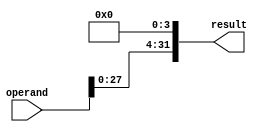
module shiftl4(operand, result);
	input [31:0] operand;
	output [31:0] result;
	
	assign result[31:4] = operand[27:0];
	assign result[3:0] = 4'b0000;
	
endmodule